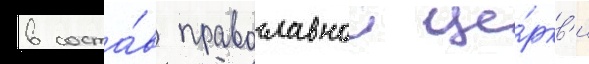
в соста́в православнои це́ркв'и